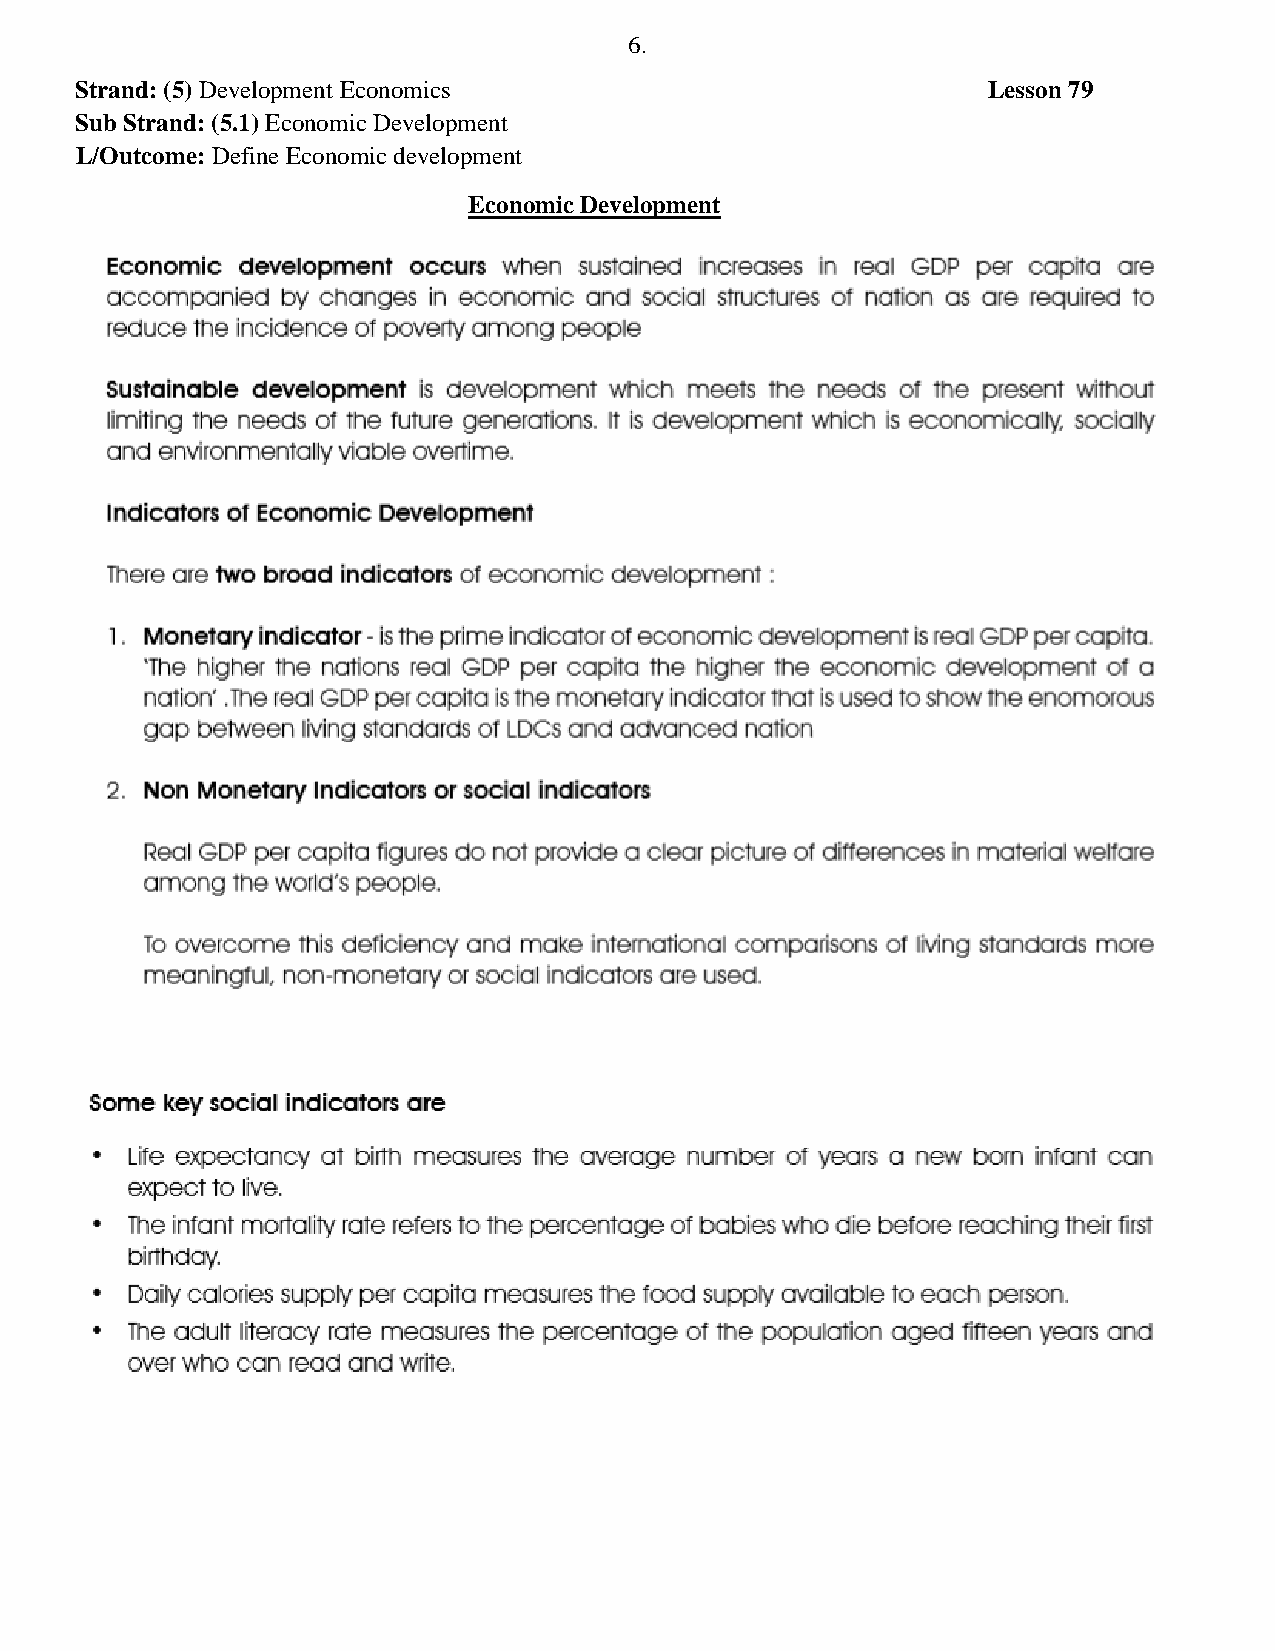
6.
 Strand: (5) Development Economics                           Lesson 79
 Sub Strand: (5.1) Economic Development
 L/Outcome: Define Economic development
 Economic Development